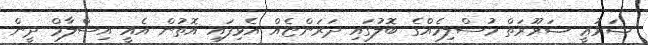
ޝަރުޢީ ޟަރޫރަތް މުސްލިމެއްގެ ބޮލުގައި ދަރަންޏެއް އެޅިފައި އޮތުން އެއީ އިސްލާމް ދީން